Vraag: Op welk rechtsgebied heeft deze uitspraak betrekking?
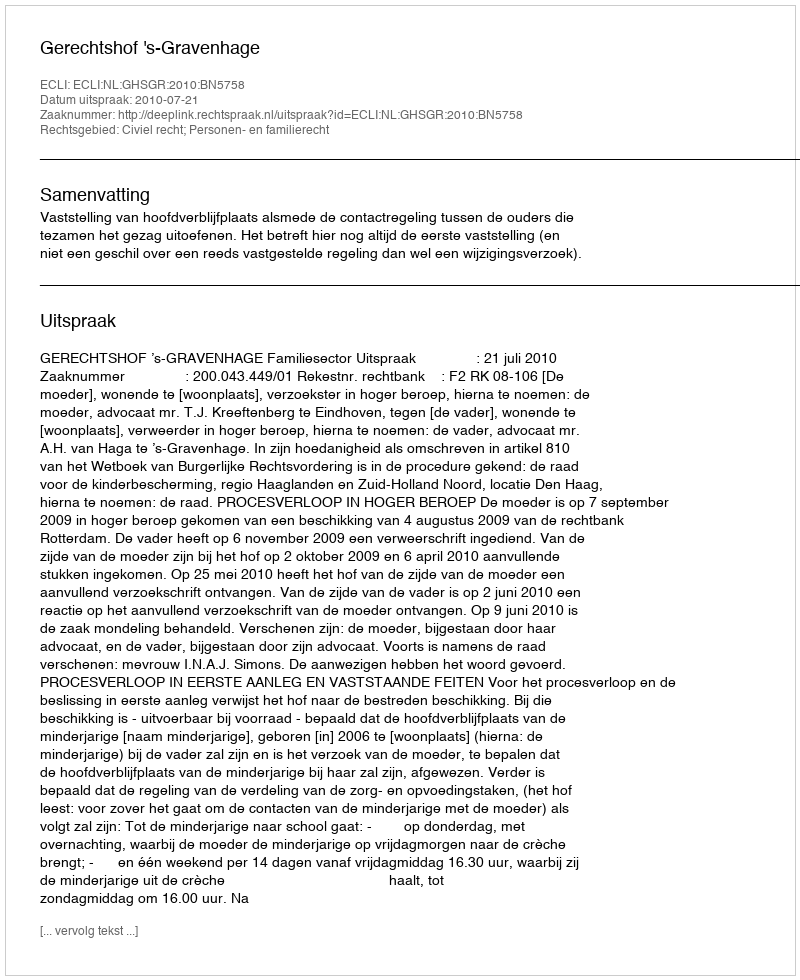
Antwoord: Civiel recht; Personen- en familierecht